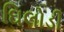
ઘિલોડી